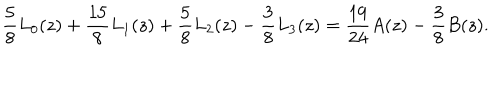
LaTeX: \frac { 5 } { 8 } L _ { 0 } ( z ) + \frac { 1 5 } { 8 } L _ { 1 } ( z ) + \frac { 5 } { 8 } L _ { 2 } ( z ) - \frac { 3 } { 8 } L _ { 3 } ( z ) = \frac { 1 9 } { 2 4 } A ( z ) - \frac { 3 } { 8 } B ( z ) .